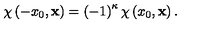
\chi \left( - x _ { 0 } , \mathbf { x } \right) = \left( - 1 \right) ^ { \kappa } \chi \left( x _ { 0 } , \mathbf { x } \right) .